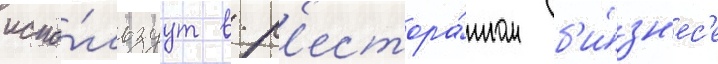
испо́льзуут в р'естора́нном б'и́зн'ес'е